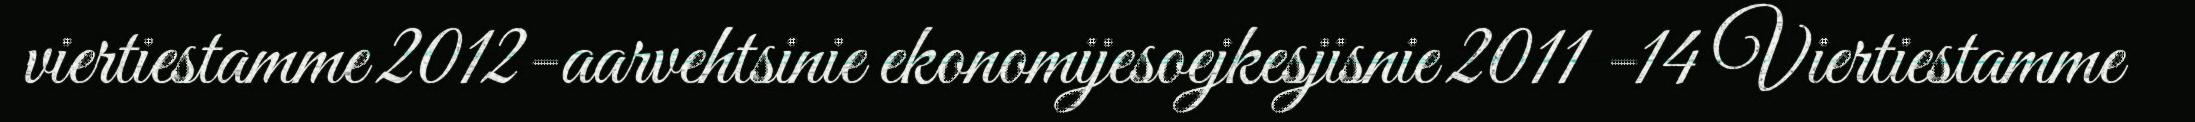
viertiestamme 2012-aarvehtsinie ekonomijesoejkesjisnie 2011 -14 Viertiestamme